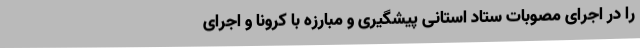
را در اجرای مصوبات ستاد استانی پیشگیری و مبارزه با کرونا و اجرای